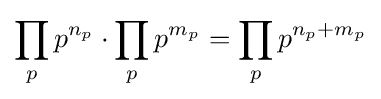
\prod _{p}p^{n_{p}}\cdot \prod _{p}p^{m_{p}}=\prod _{p}p^{n_{p}+m_{p}}